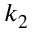
k _ { 2 }